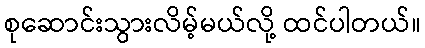
စုဆောင်းသွားလိမ့်မယ်လို့ ထင်ပါတယ်။